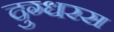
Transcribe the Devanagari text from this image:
दुग्धरस